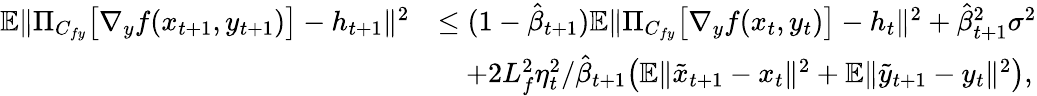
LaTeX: \begin{array}{rl}{\mathbb{E}\| \Pi_{C_{fy}}\big[\nabla_{y}f(x_{t+1},y_{t+1})\big]-h_{t+1}\| ^{2}}&{\leq(1-\hat{\beta}_{t+1})\mathbb{E}\| \Pi_{C_{fy}}\big[\nabla_{y}f(x_{t},y_{t})\big]-h_{t}\| ^{2}+\hat{\beta}_{t+1}^{2}\sigma^{2}}\\ &{\quad+2L_{f}^{2}\eta_{t}^{2}/\hat{\beta}_{t+1}\big(\mathbb{E}\| \tilde{x}_{t+1}-x_{t}\| ^{2}+\mathbb{E}\| \tilde{y}_{t+1}-y_{t}\| ^{2}\big),}\end{array}